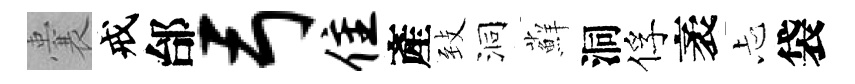
囊戒邰弓隹產𦤺洞蘚洞俘袤忐袋